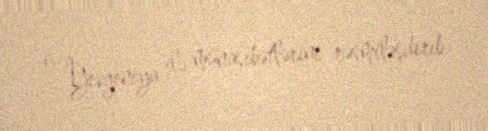
o, Yevgeniya ilə münasibətlərini rəsmiləşdirib.